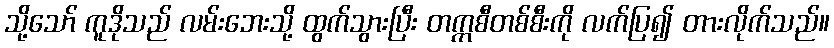
သို့သော် ကူဒိုသည် လမ်းဘေးသို့ ထွက်သွားပြီး တက္ကစီတစ်စီးကို လက်ပြ၍ တားလိုက်သည်။